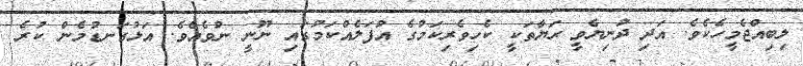
ލިބިއްޖެމީހެކެވެ. އަދި ދުނިޔެވީ ޙަޔާތަކީ ކެހިވެރިކަމުގެ އުފަލެއްކަމުގައި ނޫނީ ނުވެއެވެ. އަޅުގަނޑުމެން ކުރެ